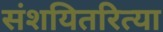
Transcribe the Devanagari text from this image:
संशयितरित्या